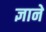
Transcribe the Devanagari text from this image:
ज्ञाने